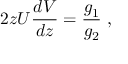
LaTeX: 2 z U { \frac { d V } { d z } } = { \frac { g _ { 1 } } { g _ { 2 } } } ~ ,